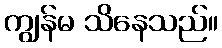
ကျွန်မ သိနေသည်။